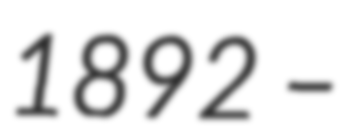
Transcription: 1892 –